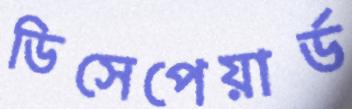
ডিসেপেয়ার্ড